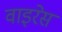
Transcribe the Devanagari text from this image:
वाइरेस